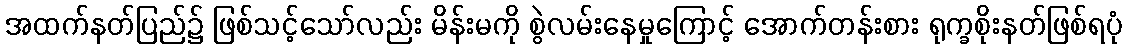
အထက်နတ်ပြည်၌ ဖြစ်သင့်သော်လည်း မိန်းမကို စွဲလမ်းနေမှုကြောင့် အောက်တန်းစား ရုက္ခစိုးနတ်ဖြစ်ရပုံ